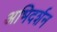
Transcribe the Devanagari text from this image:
अभिदर्शन